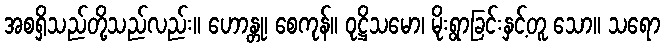
အစရှိသည်တို့သည်လည်း။ ဟောန္တု၊ စေကုန်။ ဝုဋ္ဌိသမော၊ မိုးရွာခြင်းနှင့်တူ သော။ သရော